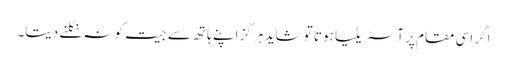
اگر اسی مقام پر آسٹریلیا ہوتا تو شاید ہر گز اپنے ہاتھ سے جیت کو نہ نکلنے دیتا۔